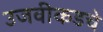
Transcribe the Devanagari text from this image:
उजवीकडचे